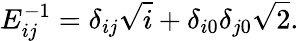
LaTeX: E_{ij}^{-1}=\delta_{ij}\sqrt{i}+\delta_{i0}\delta_{j0}\sqrt{2}.